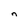
Character: n